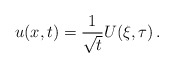
\begin{align*} u(x,t) = \frac{1}{\sqrt{t}} U(\xi,\tau) \, .\end{align*}